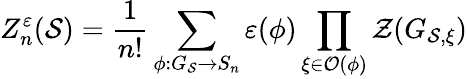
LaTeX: Z_{n}^{\varepsilon}(\mathcal{S})=\frac{1}{n!}\sum_{\phi:G_{\mathcal{S}}\rightarrow S_{n}}\varepsilon(\phi)\prod_{\xi\in\mathcal{O}(\phi)}\mathcal{Z}(G_{\mathcal{S},\xi})